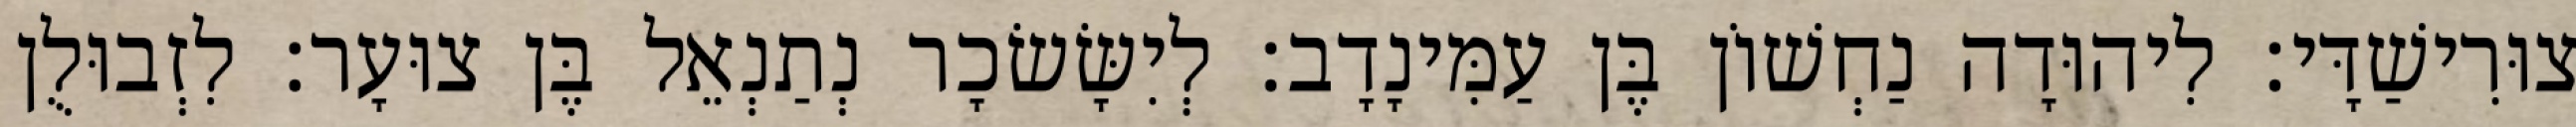
צוּרִישַׁדָּי׃ לִיהוּדָה נַחְשׁוֹן בֶּן עַמִּינָדָב׃ לְיִשָּׂשׂכָר נְתַנְאֵל בֶּן צוּעָר׃ לִזְבוּלֻן